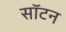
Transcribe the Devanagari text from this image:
सॉटन